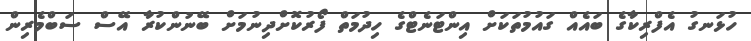
ހުޅަނގު އެފްރިކާގެ ބައެއް ގައުމުތަކަށް އިންޓަނެޓްގެ ހިދުމަތް ފޯރުކޮށްދިނުމަށް ބޭނުންކުރާ އޭސް ސަބްމެރިން